Civil Veterinary Department. Madras. Admin. report 1926-33 - 1926-1933
Year: 1926
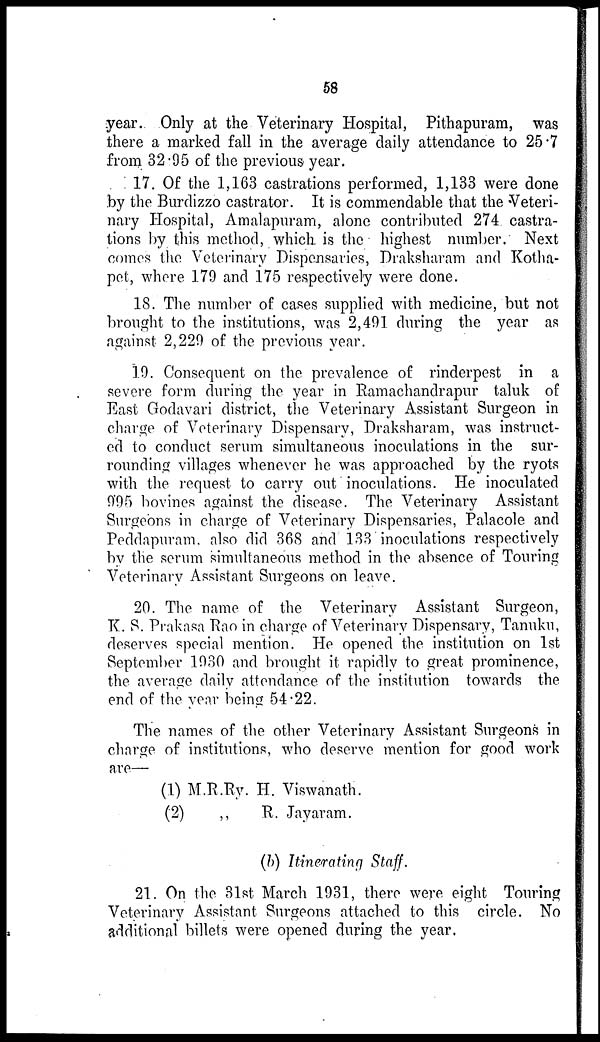
58
year. Only at the Veterinary Hospital, Pithapuram, was
there a marked fall in the average daily attendance to 25.7
from 32.95 of the previous year.
17. Of the 1,163 castrations performed, 1,133 were done
by the Burdizzo castrator. It is commendable that the Veteri-
nary Hospital, Amalapuram, alone contributed 274 castra-
tions by this method, which is the highest number. Next
comes the Veterinary Dispensaries, Draksharam and Kotha-
pet, where 179 and 175 respectively were done.
18. The number of cases supplied with medicine, but not
brought to the institutions, was 2,491 during the year as
against 2,229 of the previous year.
19. Consequent on the prevalence of rinderpest in a
severe form during the year in Ramachandrapur taluk of
East Godavari district, the Veterinary Assistant Surgeon in
charge of Veterinary Dispensary, Draksharam, was instruct-
ed to conduct serum simultaneous inoculations in the sur-
rounding villages whenever he was approached by the ryots
with the request to carry out inoculations. He inoculated
995 bovines against the disease. The Veterinary Assistant
Surgeons in charge of Veterinary Dispensaries, Palacole and
Peddapuram, also did 368 and 133 inoculations respectively
by the serum simultaneous method in the absence of Touring
Veterinary Assistant Surgeons on leave.
20. The name of the Veterinary Assistant Surgeon,
K. S. Prakasa Rao in charge of Veterinary Dispensary, Tanuku,
deserves special mention. He opened the institution on 1st
September 1930 and brought it rapidly to great prominence,
the average daily attendance of the institution towards the
end of the year being 54.22.
The names of the other Veterinary Assistant Surgeons in
charge of institutions, who deserve mention for good work
are—
(1) M.R.Ry. H. Viswanath.
(2)
„ R. Jayaram.
(b) Itinerating Staff.
21. On the 31st March 1931, there were eight Touring
Veterinary Assistant Surgeons attached to this circle. No
additional billets were opened during the year.